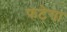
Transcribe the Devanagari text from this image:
फटेगा